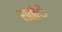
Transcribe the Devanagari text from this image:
रातांे